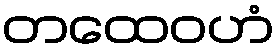
တထေဝဟံ